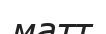
матт